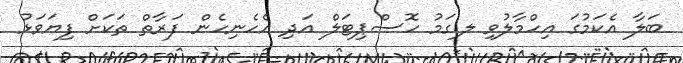
ބަލާ އެކަމުގަ އިހްމާލުވި ލ.ގަމު ހޮސްޕިޓަލް އަދި އެހެނިހެން ފަރާތް ތަކަށް ފިޔަވަޅު